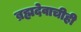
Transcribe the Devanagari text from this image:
ब्रह्मदेवाचीही